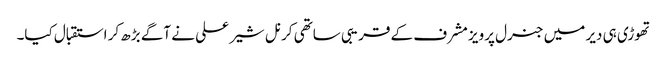
تھوڑی ہی دیر میں جنرل پرویز مشرف کے قریبی ساتھی کرنل شیر علی نے آگے بڑھ کر استقبال کیا۔